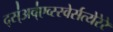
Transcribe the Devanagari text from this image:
द्स्॑अव्॑एव्स्स्वेर्सत्येरेरे